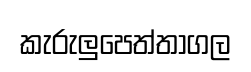
කැරුලුපෙත්තාගල